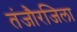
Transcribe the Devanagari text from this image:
तंजौरजिला